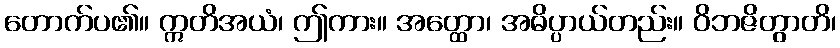
တောက်ပ၏။ ဣတိအယံ၊ ဤကား။ အတ္ထော၊ အဓိပ္ပာယ်တည်း။ ဝိဘဇိတွာတိ၊